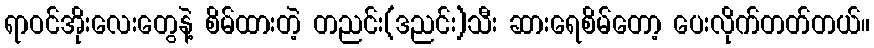
ရာဝင်အိုးလေးတွေနဲ့ စိမ်ထားတဲ့ တညင်း(ဒညင်း)သီး ဆားရေစိမ်တော့ ပေးလိုက်တတ်တယ်။